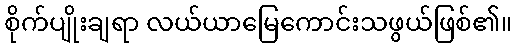
စိုက်ပျိုးချရာ လယ်ယာမြေကောင်းသဖွယ်ဖြစ်၏။